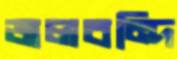
জলবন্দি